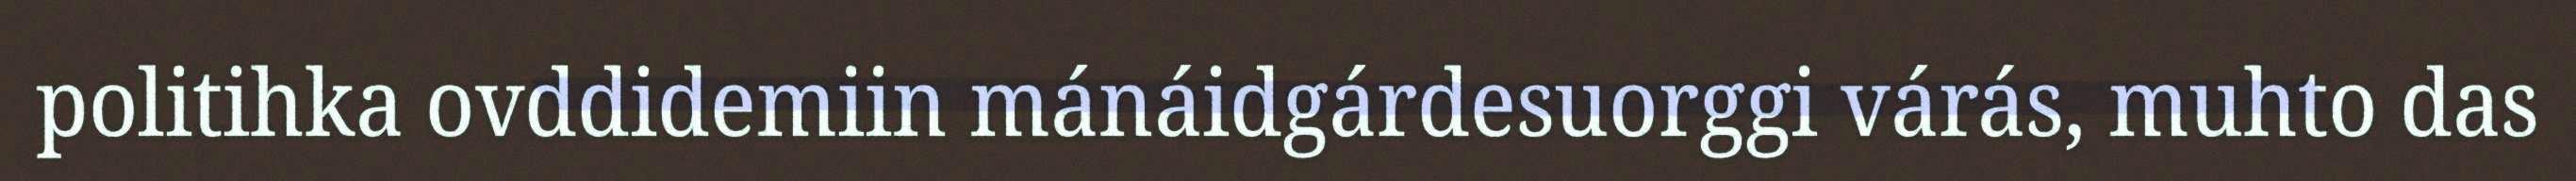
politihka ovddidemiin mánáidgárdesuorggi várás, muhto das